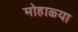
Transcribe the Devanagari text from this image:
मोहाळ्या